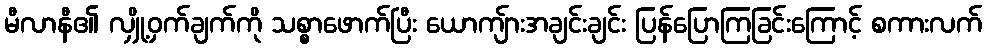
မီလာနီ၏ လျှို့ဝှက်ချက်ကို သစ္စာဖောက်ပြီး ယောကျ်ားအချင်းချင်း ပြန်ပြောကြခြင်းကြောင့် စကားလက်